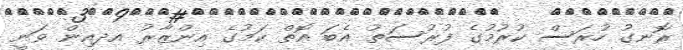
ރޮނގު ހުރަސް ކުރުމުގެ ފުރުސަތު އެބަ އޮތް ކަމުގެ އިންޒާރު އދއިން ވަނީ